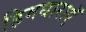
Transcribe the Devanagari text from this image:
हिमधाराएँ